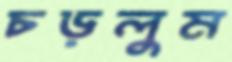
চড়লুম